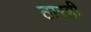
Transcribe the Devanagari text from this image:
ठारही